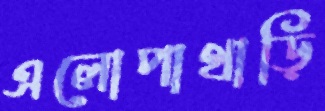
এলোপাথাড়ি